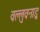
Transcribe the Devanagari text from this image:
वल्लुवनाडु